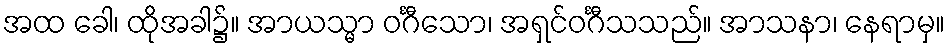
အထ ခေါ၊ ထိုအခါ၌။ အာယသ္မာ ဝင်္ဂီသော၊ အရှင်ဝင်္ဂီသသည်။ အာသနာ၊ နေရာမှ။